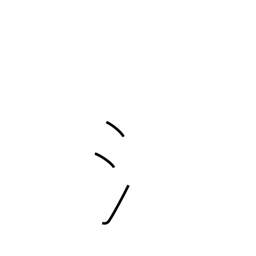
Meaning: water radical (no. 85)